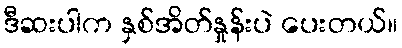
ဒီဆးပါက နှစ်အိတ်နှုန်းပဲ ပေးတယ်။